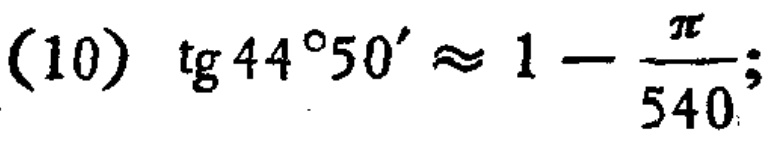
\((10)\ \mathrm{tg}44^{\circ}50'\approx 1 - \frac{\pi}{540};\)